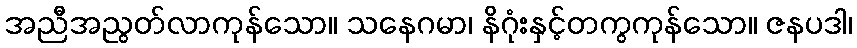
အညီအညွတ်လာကုန်သော။ သနေဂမာ၊ နိဂုံးနှင့်တကွကုန်သော။ ဇနပဒါ၊